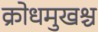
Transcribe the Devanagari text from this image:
क्रोधमुखश्च